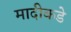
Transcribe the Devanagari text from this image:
मादीकडे